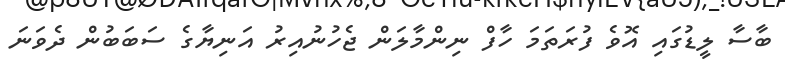
ބާސާ ލީޑުގައި އޮވެ ފުރަތަމަ ހާފް ނިންމާލަން ޖެހުނުއިރު އަނިޔާގެ ސަބަބުން ދެވަނަ